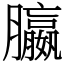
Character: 䑉